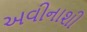
અવીનાશી